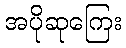
အပိုဆုကြေး